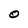
Character: O